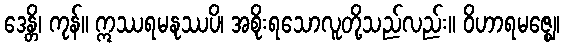
ဒေန္တိ၊ ကုန်။ ဣဿရမနုဿပိ၊ အစိုးရသောလူတို့သည်လည်း။ ဝိဟာရမဇ္ဈေ၊